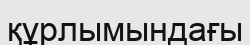
құрлымындағы